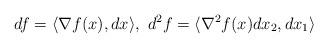
LaTeX: \begin{align*}df = \langle \nabla f(x), dx\rangle,\ d^2 f = \langle \nabla^2 f(x) dx_2, dx_1\rangle\end{align*}